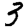
Digit: 3